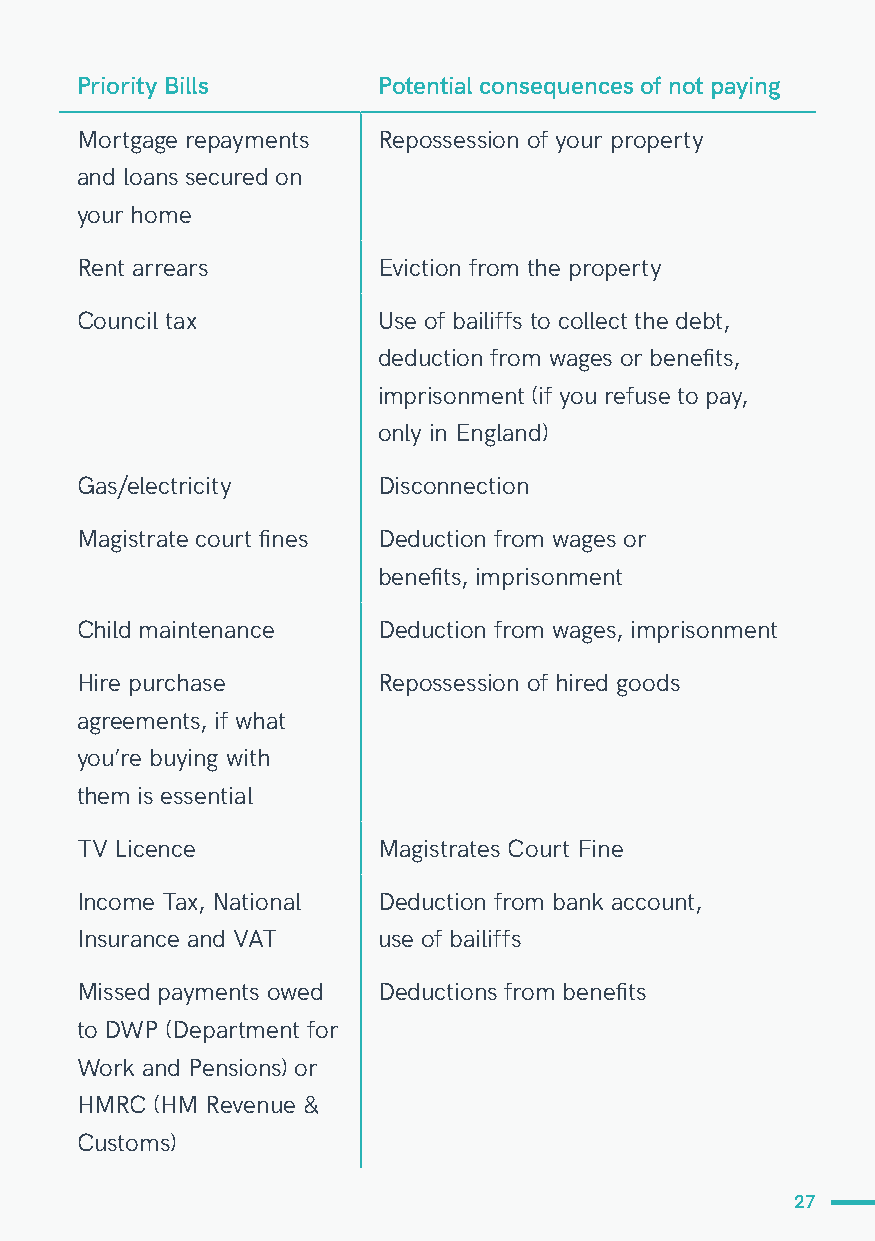
Priority Bills      Potential consequences of not paying
 Mortgage repayments Repossession of your property
 and loans secured on
 your home
 Rent arrears        Eviction from the property
 Council tax         Use of bailiffs to collect the debt,
 deduction from wages or benefits,
 imprisonment (if you refuse to pay,
 only in England)
 Gas/electricity     Disconnection
 Magistrate court fines Deduction from wages or
 benefits, imprisonment
 Child maintenance   Deduction from wages, imprisonment
 Hire purchase       Repossession of hired goods
 agreements, if what
 you’re buying with
 them is essential
 TV Licence          Magistrates Court Fine
 Income Tax, National Deduction from bank account,
 Insurance and VAT   use of bailiffs
 Missed payments owed Deductions from benefits
 to DWP (Department for
 Work and Pensions) or
 HMRC (HM Revenue &
 Customs)
 27